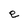
Character: e